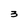
Character: 3